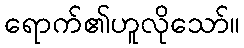
ရောက်၏ဟူလိုသော်။